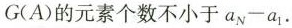
G(A)的元素个数不小于a_{N}-a_{1}$$.